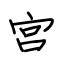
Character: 宫